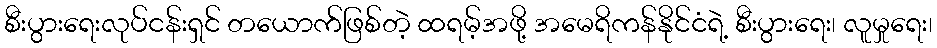
စီးပွားရေးလုပ်ငန်းရှင် တယောက်ဖြစ်တဲ့ ထရမ့်အဖို့ အမေရိကန်နိုင်ငံရဲ့ စီးပွားရေး၊ လူမှုရေး၊